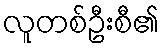
လူတစ်ဦးစီ၏